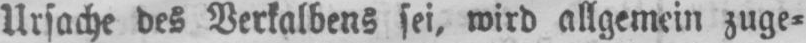
Ursache des Verkalbens sei, wird allgemein zuge⸗